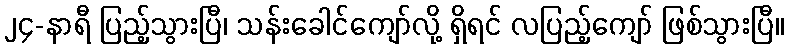
၂၄-နာရီ ပြည့်သွားပြီ၊ သန်းခေါင်ကျော်လို့ ရှိရင် လပြည့်ကျော် ဖြစ်သွားပြီ။